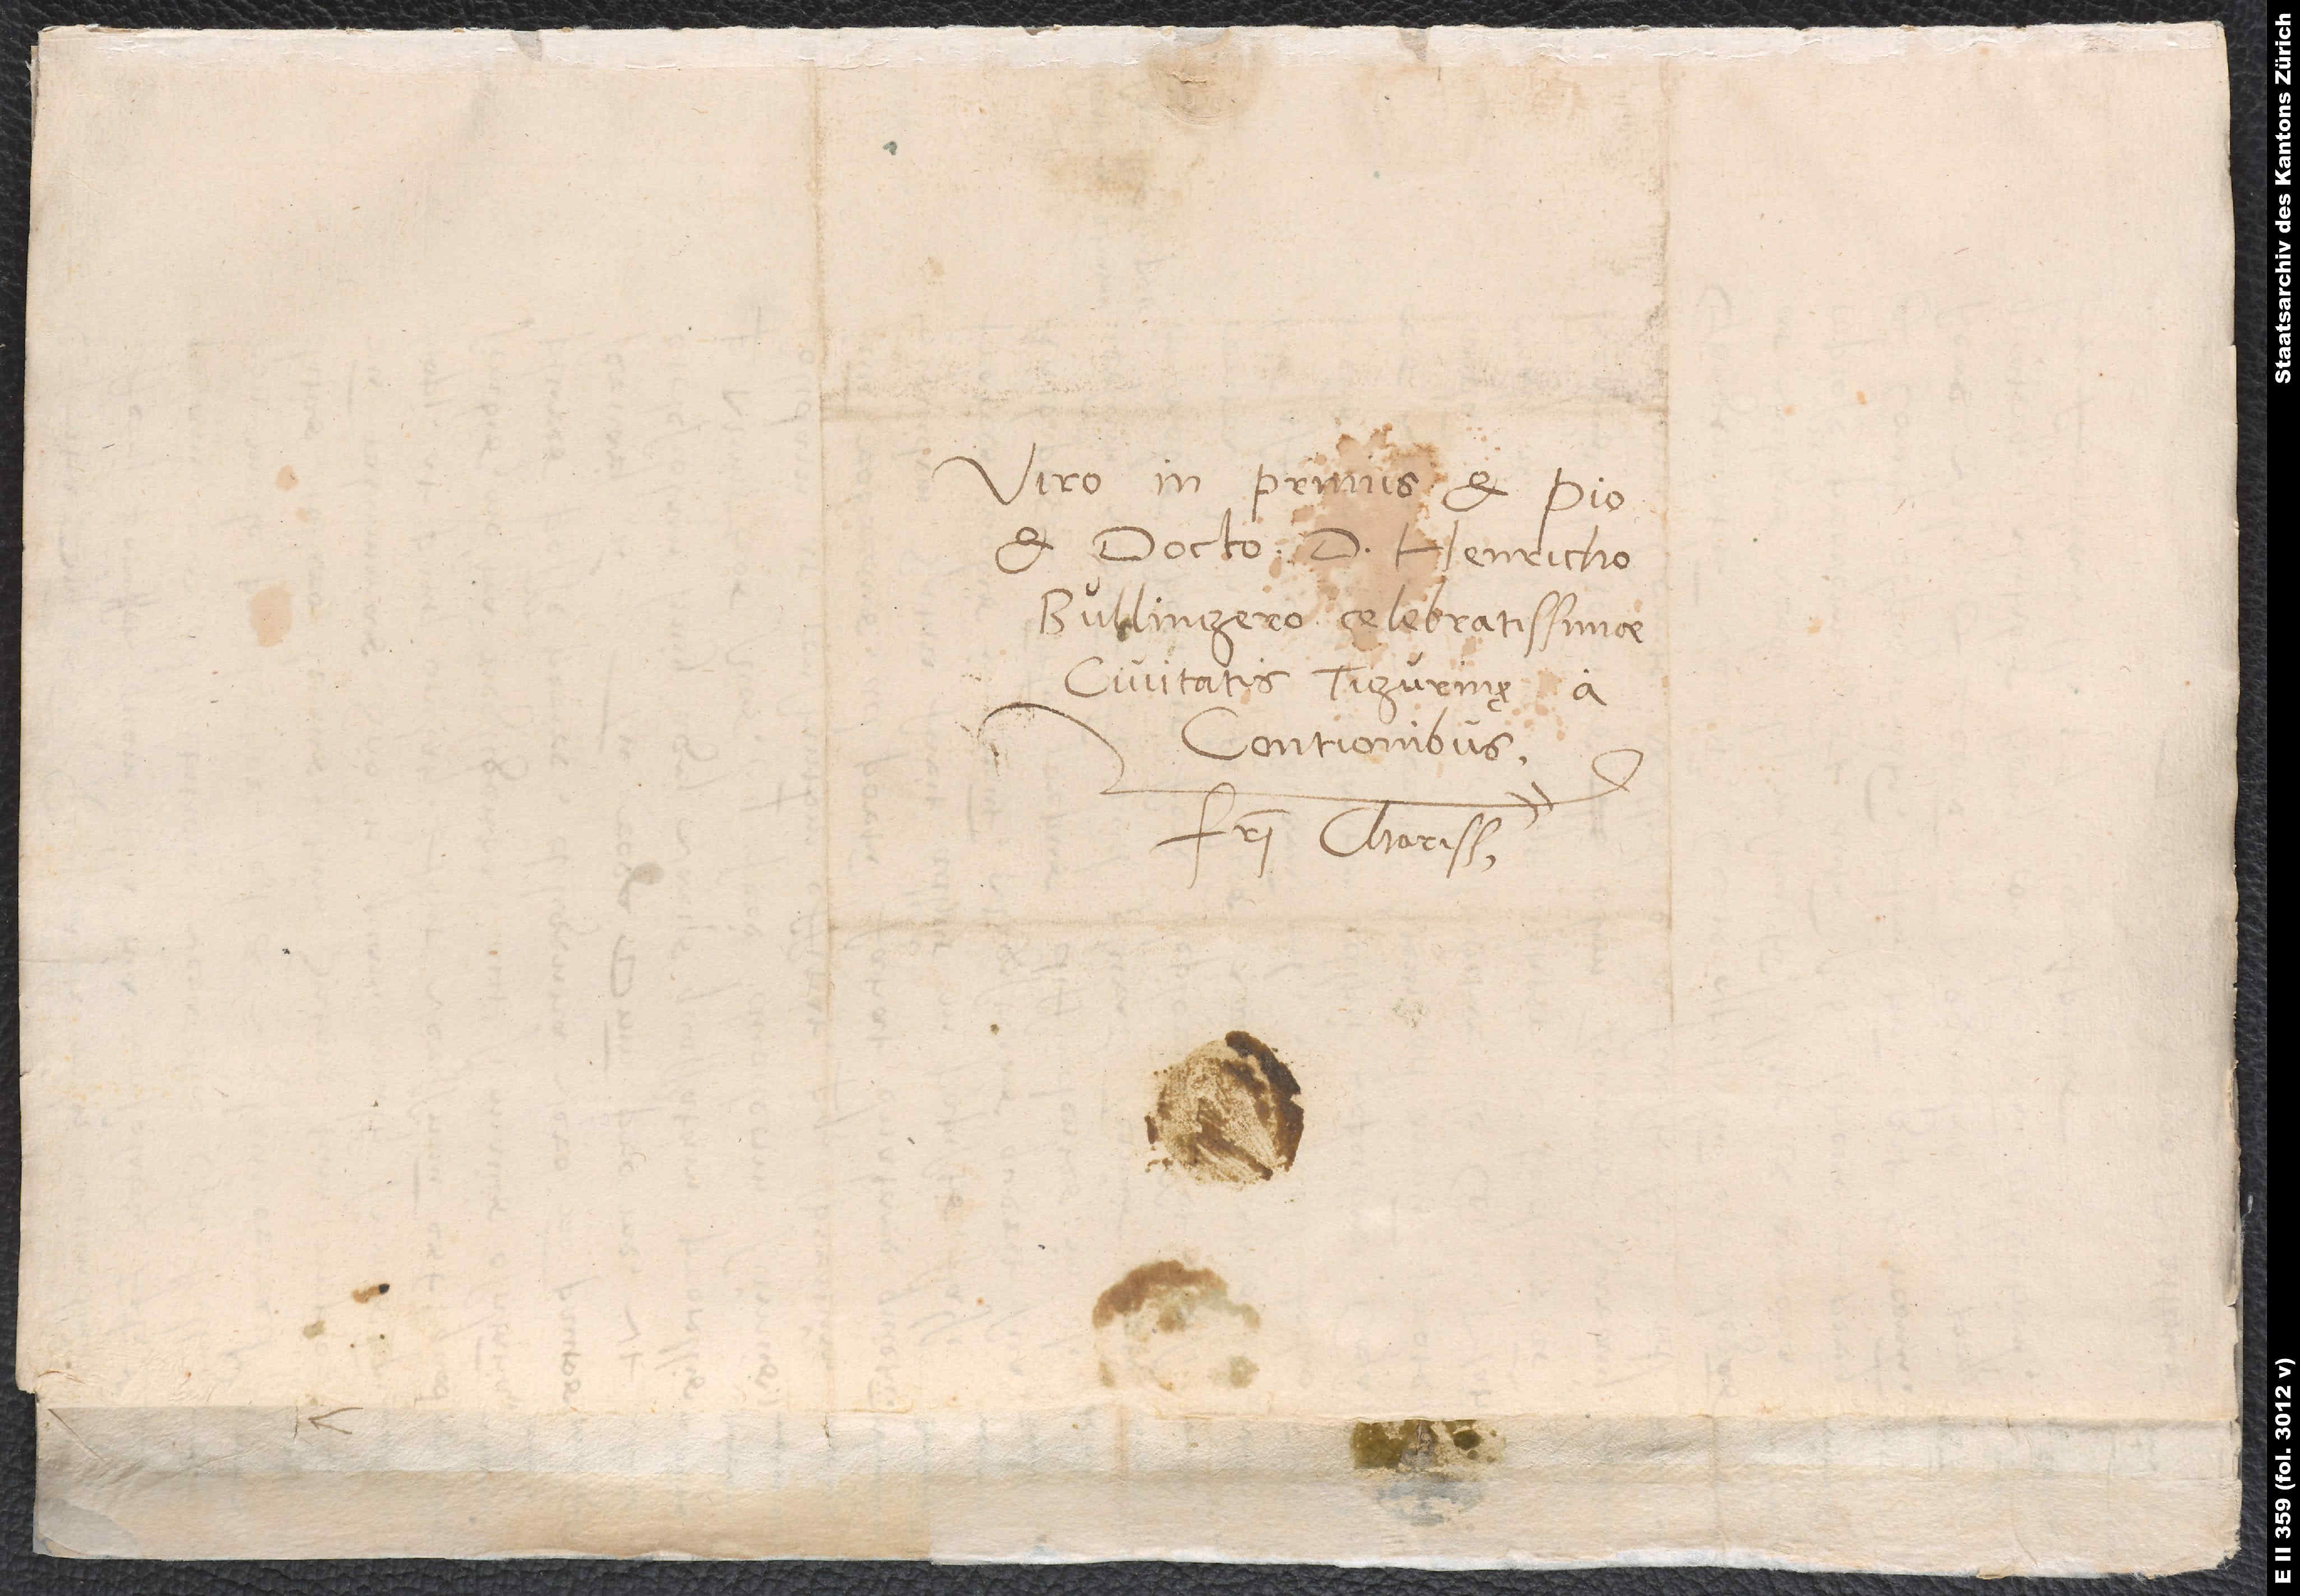
Viro in primis et pio
et docto d. Henricho
Bullingero, celebratissimae
civitatis Tigurinę a
contionibus,
fratri charissimo.